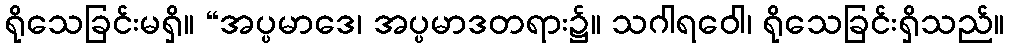
ရိုသေခြင်းမရှိ။ “အပ္ပမာဒေ၊ အပ္ပမာဒတရား၌။ သဂါရဝေါ၊ ရိုသေခြင်းရှိသည်။